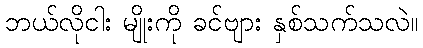
ဘယ်လိုငါး မျိုးကို ခင်ဗျား နှစ်သက်သလဲ။